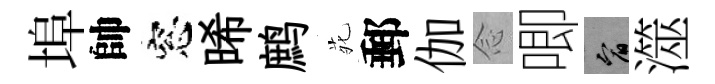
埠帥窓晞鹧𫟍郵伽𫝹唧宥澨